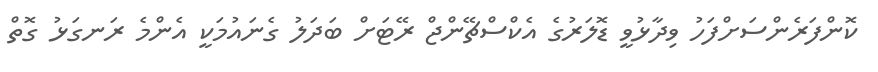
ކޮންފަރެންސަށްފަހު ވިދާޅުވީ ޑޮލަރުގެ އެކްސްޗޭންޖް ރޭޓަށް ބަދަލު ގެނައުމަކީ އެންމެ ރަނގަޅު ގޮތް